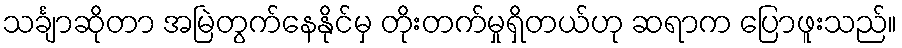
သင်္ချာဆိုတာ အမြဲတွက်နေနိုင်မှ တိုးတက်မှုရှိတယ်ဟု ဆရာက ပြောဖူးသည်။